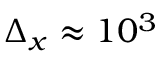
\Delta _ { x } \approx 1 0 ^ { 3 }